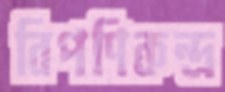
বিপণিকন্দ্র